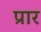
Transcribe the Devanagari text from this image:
प्रार